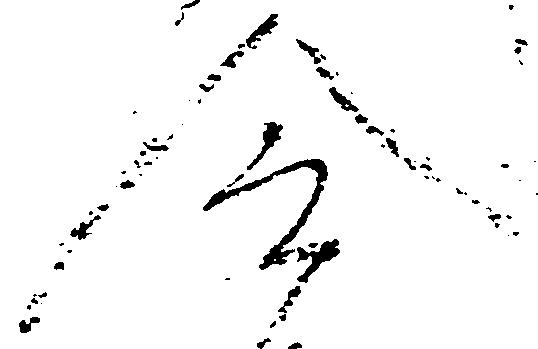
令